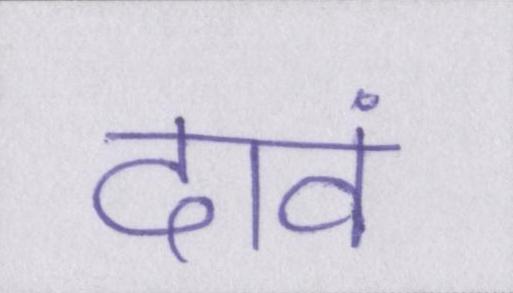
दावं